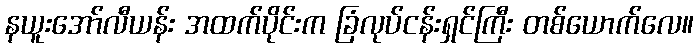
နယူးအော်လီယန်း အထက်ပိုင်းက ခြံလုပ်ငန်းရှင်ကြီး တစ်ယောက်လေ။